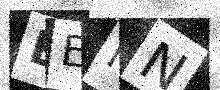
Text: EENN